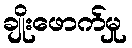
ချိုးဖောက်မှု